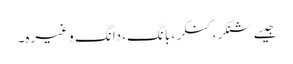
جیسے شنکر، کنکر، بانگ، دانگ وغیرہ۔